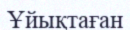
Ұйықтаған